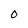
Character: 0